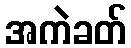
အကဲခတ်